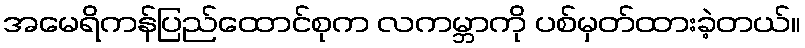
အမေရိကန်ပြည်ထောင်စုက လကမ္ဘာကို ပစ်မှတ်ထားခဲ့တယ်။